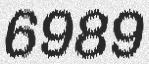
6989